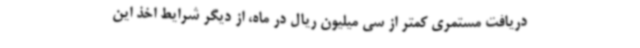
دریافت مستمری کمتر از سی میلیون ریال در ماه، از دیگر شرایط اخذ این